Annual report on the working of the mental hospitals in the Madras Presidency - 1912-1932
Year: 1912
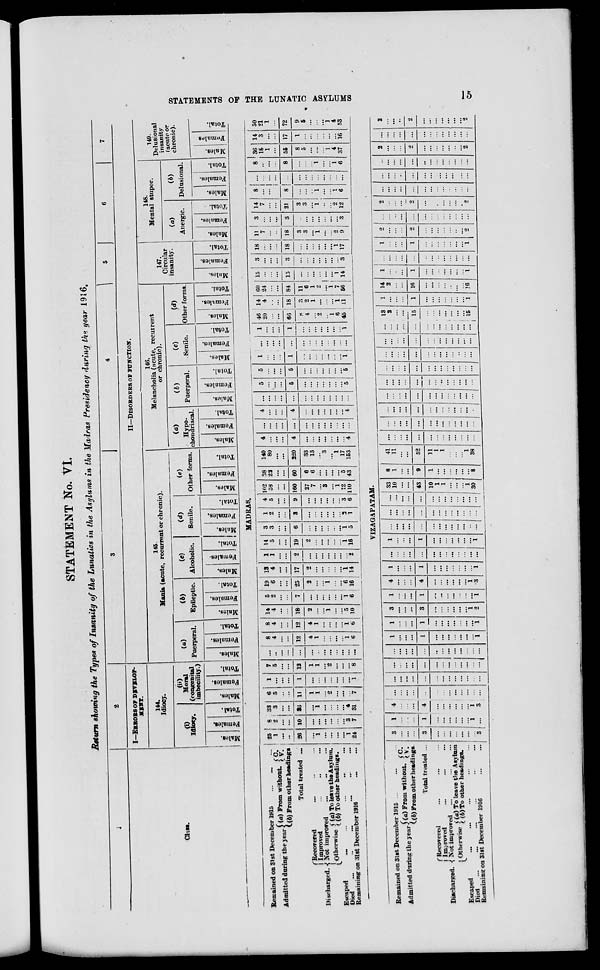
STATEMENTS OF THE LUNATIC ASYLUMS
15
STATEMENT No. VI.
Return showing the Types of Insanity of the Lunatics in the Asylums in the Madras Presidency during the year 1916.
1
Class.
2
I—ERRORS OF DEVELOP-
MENT.
144.
Idiocy.
(i)
Idiocy.
Males.
Females.
Total.
(ii)
Moral
(congenital
imbecility.)
Males.
Females.
Total.
3
4
5
6
7
II—DISORDERS OF FUNCTION.
145.
Mania (acute, recurrent or chronic).
(a)
Puerperal.
Males.
Females.
Total.
(b)
Epileptic.
Males.
Females.
Total.
(c)
Alcoholic.
Males.
Females.
Total.
(d)
Senile.
Males.
Females.
Total.
Other forms.
Males.
Females.
Total.
146.
Melancholia (acute, recurrent
or chronic).
(a)
Hypo-
chondriacal.
Males.
Females.
Total.
(b)
Puerperal.
Males.
Females.
Total.
(c)
Senile.
Males.
Females.
Total.
(d)
Other forms.
Males.
Females.
Total.
147.
Circular
insanity.
Males.
Females.
Total.
148.
Mental stupor.
(a)
Anergic.
Males.
Females.
Total.
(b)
Delusional.
Males.
Females.
Total.
149.
Delusional
insanity
(acute or
chronic).
Males.
Females.
Total.
MADRAS.
Remained on 31st December 1915
... ... ...
Admitted daring the year (a) From
without. C.
V.
(b) From other headings
Total treated ...
Discharged.
Recovered ... ... ...
Improved ... ... ...
Not improved ... ... ...
Otherwise (a) To leave the Asylum.
(b) To other headings.
Escaped
...
...
...
...
...
Died
...
...
...
...
...
...
Remaining on 31st December 1916
... ...
25
1
...
...
26
...
1
...
...
...
...
1
24
8
2
...
...
10
...
...
...
...
...
...
3
7
33
3
...
...
36
...
1
...
...
...
...
4
31
6
5
...
...
11
1
1
...
2
...
...
...
7
1
...
...
...
1
...
...
...
...
...
...
...
1
7
5
...
...
12
1
1
...
2
...
...
...
8
...
...
...
...
...
...
...
...
...
...
...
...
...
8
4
...
...
12
4
1
...
...
...
...
1
6
8
4
...
...
12
4
1
...
...
...
...
1
6
14
4
...
...
18
2
...
...
1
...
...
5 10
5
2
...
...
7
...
...
...
...
...
...
1
6
19
6
...
...
25
2
...
...
1
...
...
6
16
13
4
...
...
17
2
...
...
...
...
...
1
14
1
1
...
...
2
...
...
...
...
...
...
...
2
14
5
...
...
19
2
...
...
...
...
... 1
16
3
3
...
...
6
...
...
...
...
...
...
1
5
1
2
...
...
3
...
...
...
...
...
... 2
1
4 5
...
...
9
...
...
...
...
...
... 3
6
102
58
...
...
160
27
7
...
3
...
1
12
110
38
22
...
...
60
6
6
...
...
...
...
5
43
140
80
...
...
220
33
13
...
3
...
1
17
153
4
...
...
...
4
...
...
...
...
...
...
...
4
...
...
...
...
...
...
...
...
...
...
...
...
...
4
...
...
...
4
...
...
...
...
...
...
...
4
...
...
...
...
...
...
...
...
...
...
...
...
...
5
...
...
...
5
...
...
...
...
...
...
...
5
5
...
...
...
5
...
...
...
...
...
...
...
5
1
...
...
...
1
...
...
...
...
...
...
...
1
...
...
...
...
...
...
...
...
...
...
...
...
...
1
...
...
...
1
...
...
...
...
...
...
...
1
46
20
...
...
66
8
4
...
2
...
1
6
45
14
4
...
...
18
3
2
1
...
...
...
1
11
60
24
...
...
84
11
6
1
2
...
1
7
56
15
...
...
...
15
...
...
...
...
...
...
1
14
3
...
...
...
3
...
...
...
...
...
...
...
3
18
...
...
...
18
...
...
...
...
...
...
1
17
11
7
...
...
18
3
3
...
1
...
...
2
9
3
...
...
...
3
...
...
...
...
...
...
...
3
14
7
...
...
21
3
3
...
1
...
...
2
12
8
...
...
...
8
...
...
...
1
...
...
1
6
...
...
...
...
...
...
...
...
...
...
...
...
...
8
...
...
...
8
...
...
...
1
...
...
1
6
36
18
1
...
55
8
5
...
...
...
1
4
37
14
3
...
...
17
1
...
...
...
...
...
...
16
50
21
1
...
72
9
5
...
...
...
1
4
53
VIZAGAPATAM.
Remained on 3lst December 1915 ... ... ...
Admitted during the year (a) From without. C.
V.
(b) From other headings.
Total treated ...
Discharged.
Recovered ... ... ...
Improved ... ... ...
Not improved ... ... ...
Otherwise (a) To leave the Asylum
(b) To other headings.
Escaped
...
...
...
...
...
...
Died
...
...
...
...
...
Remaining on 31st December 1916
... ...
3
...
...
...
3
...
...
...
...
...
...
...
3
1
...
...
...
1
...
...
...
...
...
...
1
...
4
...
...
...
4
...
...
...
...
...
...
1
3
...
...
...
...
...
...
...
...
...
...
...
...
...
...
...
...
...
...
...
...
...
...
...
...
...
...
...
...
...
...
...
...
...
...
...
...
...
...
...
...
...
...
...
...
...
...
...
...
...
...
...
...
1
...
...
...
1
...
...
...
...
...
...
...
1
1
...
...
...
1
...
...
...
...
...
...
...
1
3
...
...
...
3
...
...
...
...
...
...
1
2
1
...
...
...
1
...
...
...
...
...
...
...
1
4
...
...
...
4
...
...
...
...
...
...
1
3
1
...
...
...
1
...
...
...
...
...
...
...
1
...
...
...
...
...
...
...
...
...
...
...
...
...
1
...
...
...
1
...
...
...
...
...
...
...
1
...
...
...
...
...
...
...
...
...
...
...
...
...
...
...
...
...
...
...
...
...
...
...
...
...
...
...
...
...
...
...
...
...
...
...
...
...
...
...
33
10
...
...
43
10
1
1
...
...
...
1
30
8
1
...
...
9
1
...
...
...
...
... ...
8
41
11
...
...
52
11
1
1
...
...
...
1
38
...
...
...
...
...
...
...
...
...
...
...
...
...
...
...
...
...
...
...
...
...
...
...
...
...
...
...
...
...
...
...
...
...
...
...
...
...
...
...
...
...
...
...
...
...
...
...
...
...
...
...
...
...
...
...
...
...
...
...
...
...
...
...
...
...
...
...
...
...
...
...
...
...
...
...
...
...
...
...
...
...
...
...
...
...
...
...
...
...
...
...
...
...
...
...
...
...
...
...
...
...
...
...
...
...
...
...
...
...
...
...
...
...
...
...
...
...
13
2
...
...
15
...
...
...
...
...
...
...
15
1
...
...
...
1
...
...
...
...
...
...
...
1
14
2
...
...
16
...
...
...
...
...
...
...
16
1
...
...
...
1
...
...
...
...
...
...
...
1
...
...
...
...
...
...
...
...
...
...
...
...
...
1
...
...
...
1
...
...
...
...
...
...
...
1
2
...
...
...
2
...
...
...
...
...
...
...
2
...
...
...
...
...
...
...
...
...
...
...
...
...
2
...
...
...
2
...
...
...
...
...
...
...
2
...
...
...
...
...
...
...
...
...
...
...
...
...
...
...
...
...
...
...
...
...
...
...
...
...
...
...
...
...
...
...
...
...
...
...
...
...
...
...
2
...
...
...
2
...
...
...
...
...
...
...
2
...
...
...
...
...
...
...
...
...
...
...
...
...
2
...
...
...
2
...
...
...
...
...
...
...
2